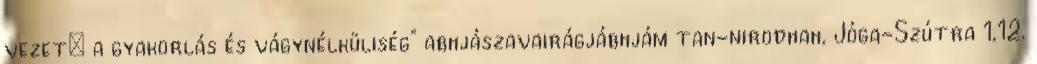
vezet: a gyakorlás és vágynélküliség" abhjászavairágjábhjám tan-nirodhah, Jóga-Szútra 1,12.